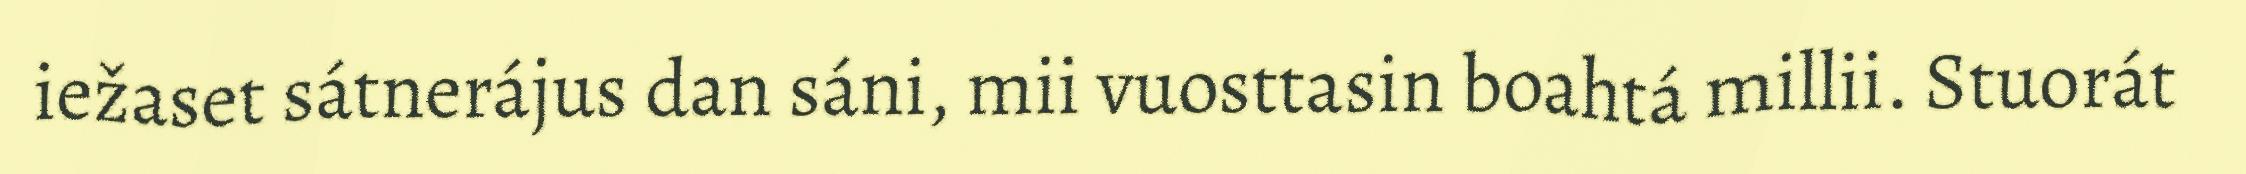
iežaset sátnerájus dan sáni, mii vuosttasin boahtá millii. Stuorát